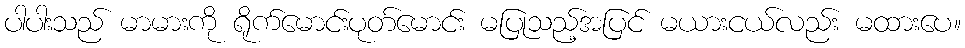
ပါပါးသည် မာမားကို ရိုက်မောင်းပုတ်မောင်း မပြုသည့်အပြင် မယားငယ်လည်း မထားပေ။